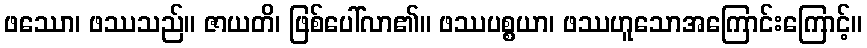
ဖဿော၊ ဖဿသည်။ ဇာယတိ၊ ဖြစ်ပေါ်လာ၏။ ဖဿပစ္စယာ၊ ဖဿဟူသောအကြောင်းကြောင့်။